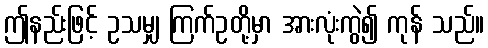
ဤနည်းဖြင့် ဥသမျှ ကြက်ဥတို့မှာ အားလုံးကွဲ၍ ကုန် သည်။